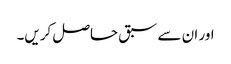
اور ان سے سبق حاصل کریں۔